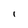
Character: I